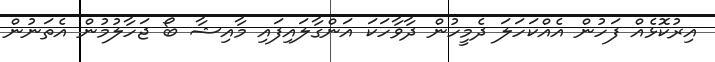
އިރުކޮޅެއް ފަހުން އެއްކަހަލަ ދެމީހުން ދާވާހަކަ އަންގާލައިފައި މާއިޝާ ބޯ ޖަހާލުމުން އެތަނުން